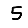
Digit: 5